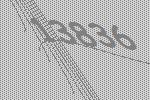
13836